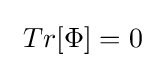
\ Tr[\Phi ]=0~